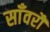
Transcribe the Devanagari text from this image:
साँवरौ